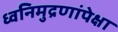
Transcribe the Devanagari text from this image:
ध्वनिमुद्रणांपेक्षा